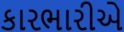
કારભારીએ